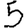
Digit: 5